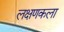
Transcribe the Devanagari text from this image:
लक्षणकला